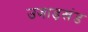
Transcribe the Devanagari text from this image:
उजाड़खंड